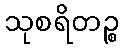
သုစရိတဉ္စ